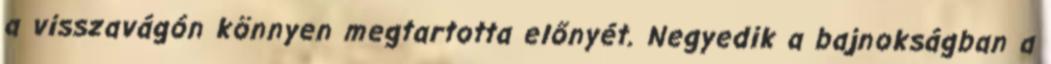
a visszavágón könnyen megtartotta előnyét. Negyedik a bajnokságban a